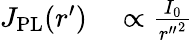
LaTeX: \begin{array}{rl}{J_{\mathrm{PL}}(r^{\prime})}&{{}\propto\frac{I_{0}}{{r^{\prime\prime}}^{2}}}\end{array}